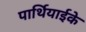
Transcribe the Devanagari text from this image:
पार्थियाईके